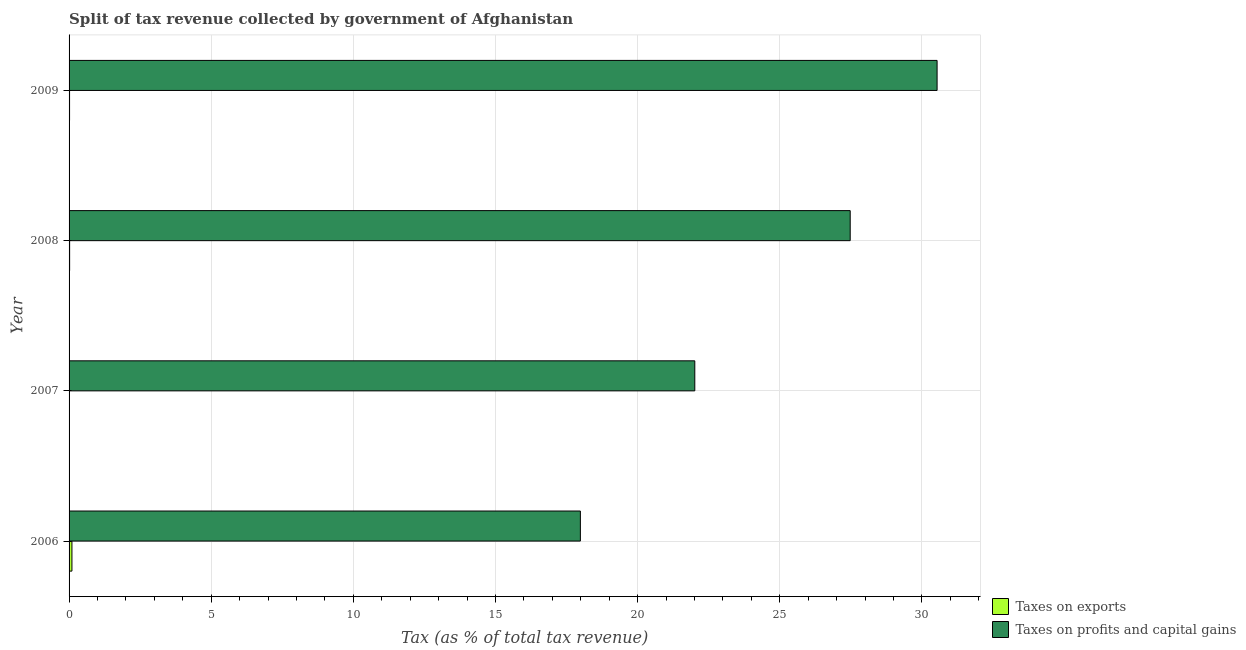
| Year | Taxes on exports | Taxes on profits and capital gains |
 | --- | --- | --- |
 | 2006 | 0.101 | 18 |
 | 2007 | 0.0137 | 22 |
 | 2008 | 0.0194 | 27.5 |
 | 2009 | 0.0174 | 30.5 |